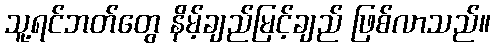
သူ့ရင်ဘတ်တွေ နိမ့်ချည်မြင့်ချည် ဖြစ်လာသည်။